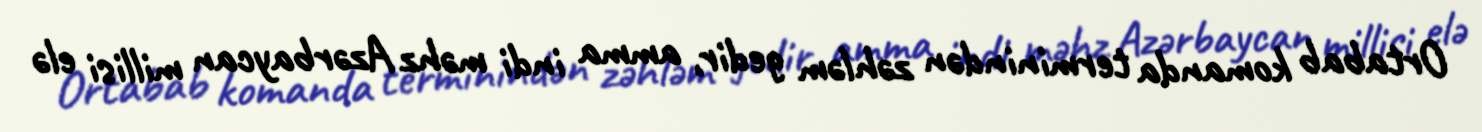
Ortabab komanda terminindən zəhləm gedir, amma indi məhz Azərbaycan millisi elə